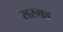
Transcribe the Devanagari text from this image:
सरगड